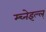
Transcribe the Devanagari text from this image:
म्च्नेइल्ल्